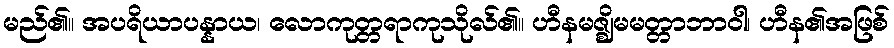
မည်၏။ အပရိယာပန္နာယ၊ လောကုတ္တရာကုသိုလ်၏။ ဟီနမဇ္ဈိမမတ္တာဘာဝါ၊ ဟီန၏အဖြစ်